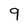
Character: 9